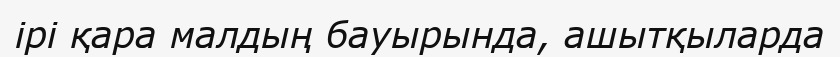
ірі қара малдың бауырында, ашытқыларда